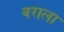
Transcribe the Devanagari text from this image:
वराला